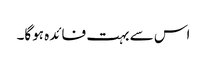
اس سے بہت فائدہ ہوگا۔